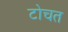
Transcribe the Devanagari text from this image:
टोचत